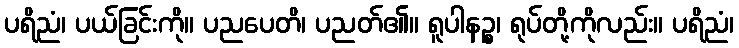
ပရိညံ၊ ပယ်ခြင်းကို။ ပညပေတိ၊ ပညတ်၏။ ရူပါနဉ္စ၊ ရုပ်တို့ကိုလည်း။ ပရိညံ၊